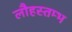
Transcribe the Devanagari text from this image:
लौहस्तम्भ